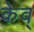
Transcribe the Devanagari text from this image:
केव्‌